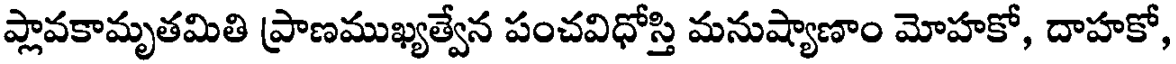
ప్లావకామృతమితి ప్రాణముఖ్యత్వేన పంచవిధోస్తి మనుష్యాణాం మోహకో, దాహకో,